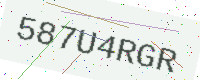
Text: 587U4RGR